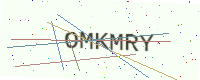
Text: OMKMRY